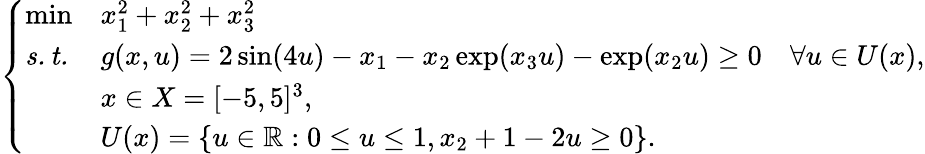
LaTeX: \left\{ \begin{array}{lll}{\operatorname*{min}}&{x_{1}^{2}+x_{2}^{2}+x_{3}^{2}}\\ {\mathit{s.t.}}&{g(x,u)=2\sin(4u)-x_{1}-x_{2}\exp(x_{3}u)-\exp(x_{2}u)\geq 0\quad\forall u\in U(x),}\\ &{x\in X=[-5,5]^{3},}\\ &{U(x)=\{ u\in\mathbb{R}:0\leq u\leq 1,x_{2}+1-2u\geq 0\} .}\end{array}\right.